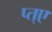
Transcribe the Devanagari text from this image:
प्त्ए